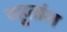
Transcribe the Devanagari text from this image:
बहूतांश